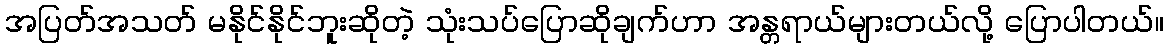
အပြတ်အသတ် မနိုင်နိုင်ဘူးဆိုတဲ့ သုံးသပ်ပြောဆိုချက်ဟာ အန္တရာယ်များတယ်လို့ ပြောပါတယ်။